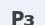
Рз